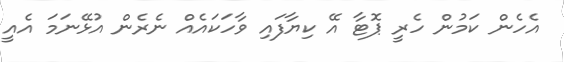
އެހެން ކަމުން ހެރީ ޕޮޓާ އޭ ކިޔާފައި ވާހަކައެއް ނެރެން އުޅޭނަމަ އެއީ